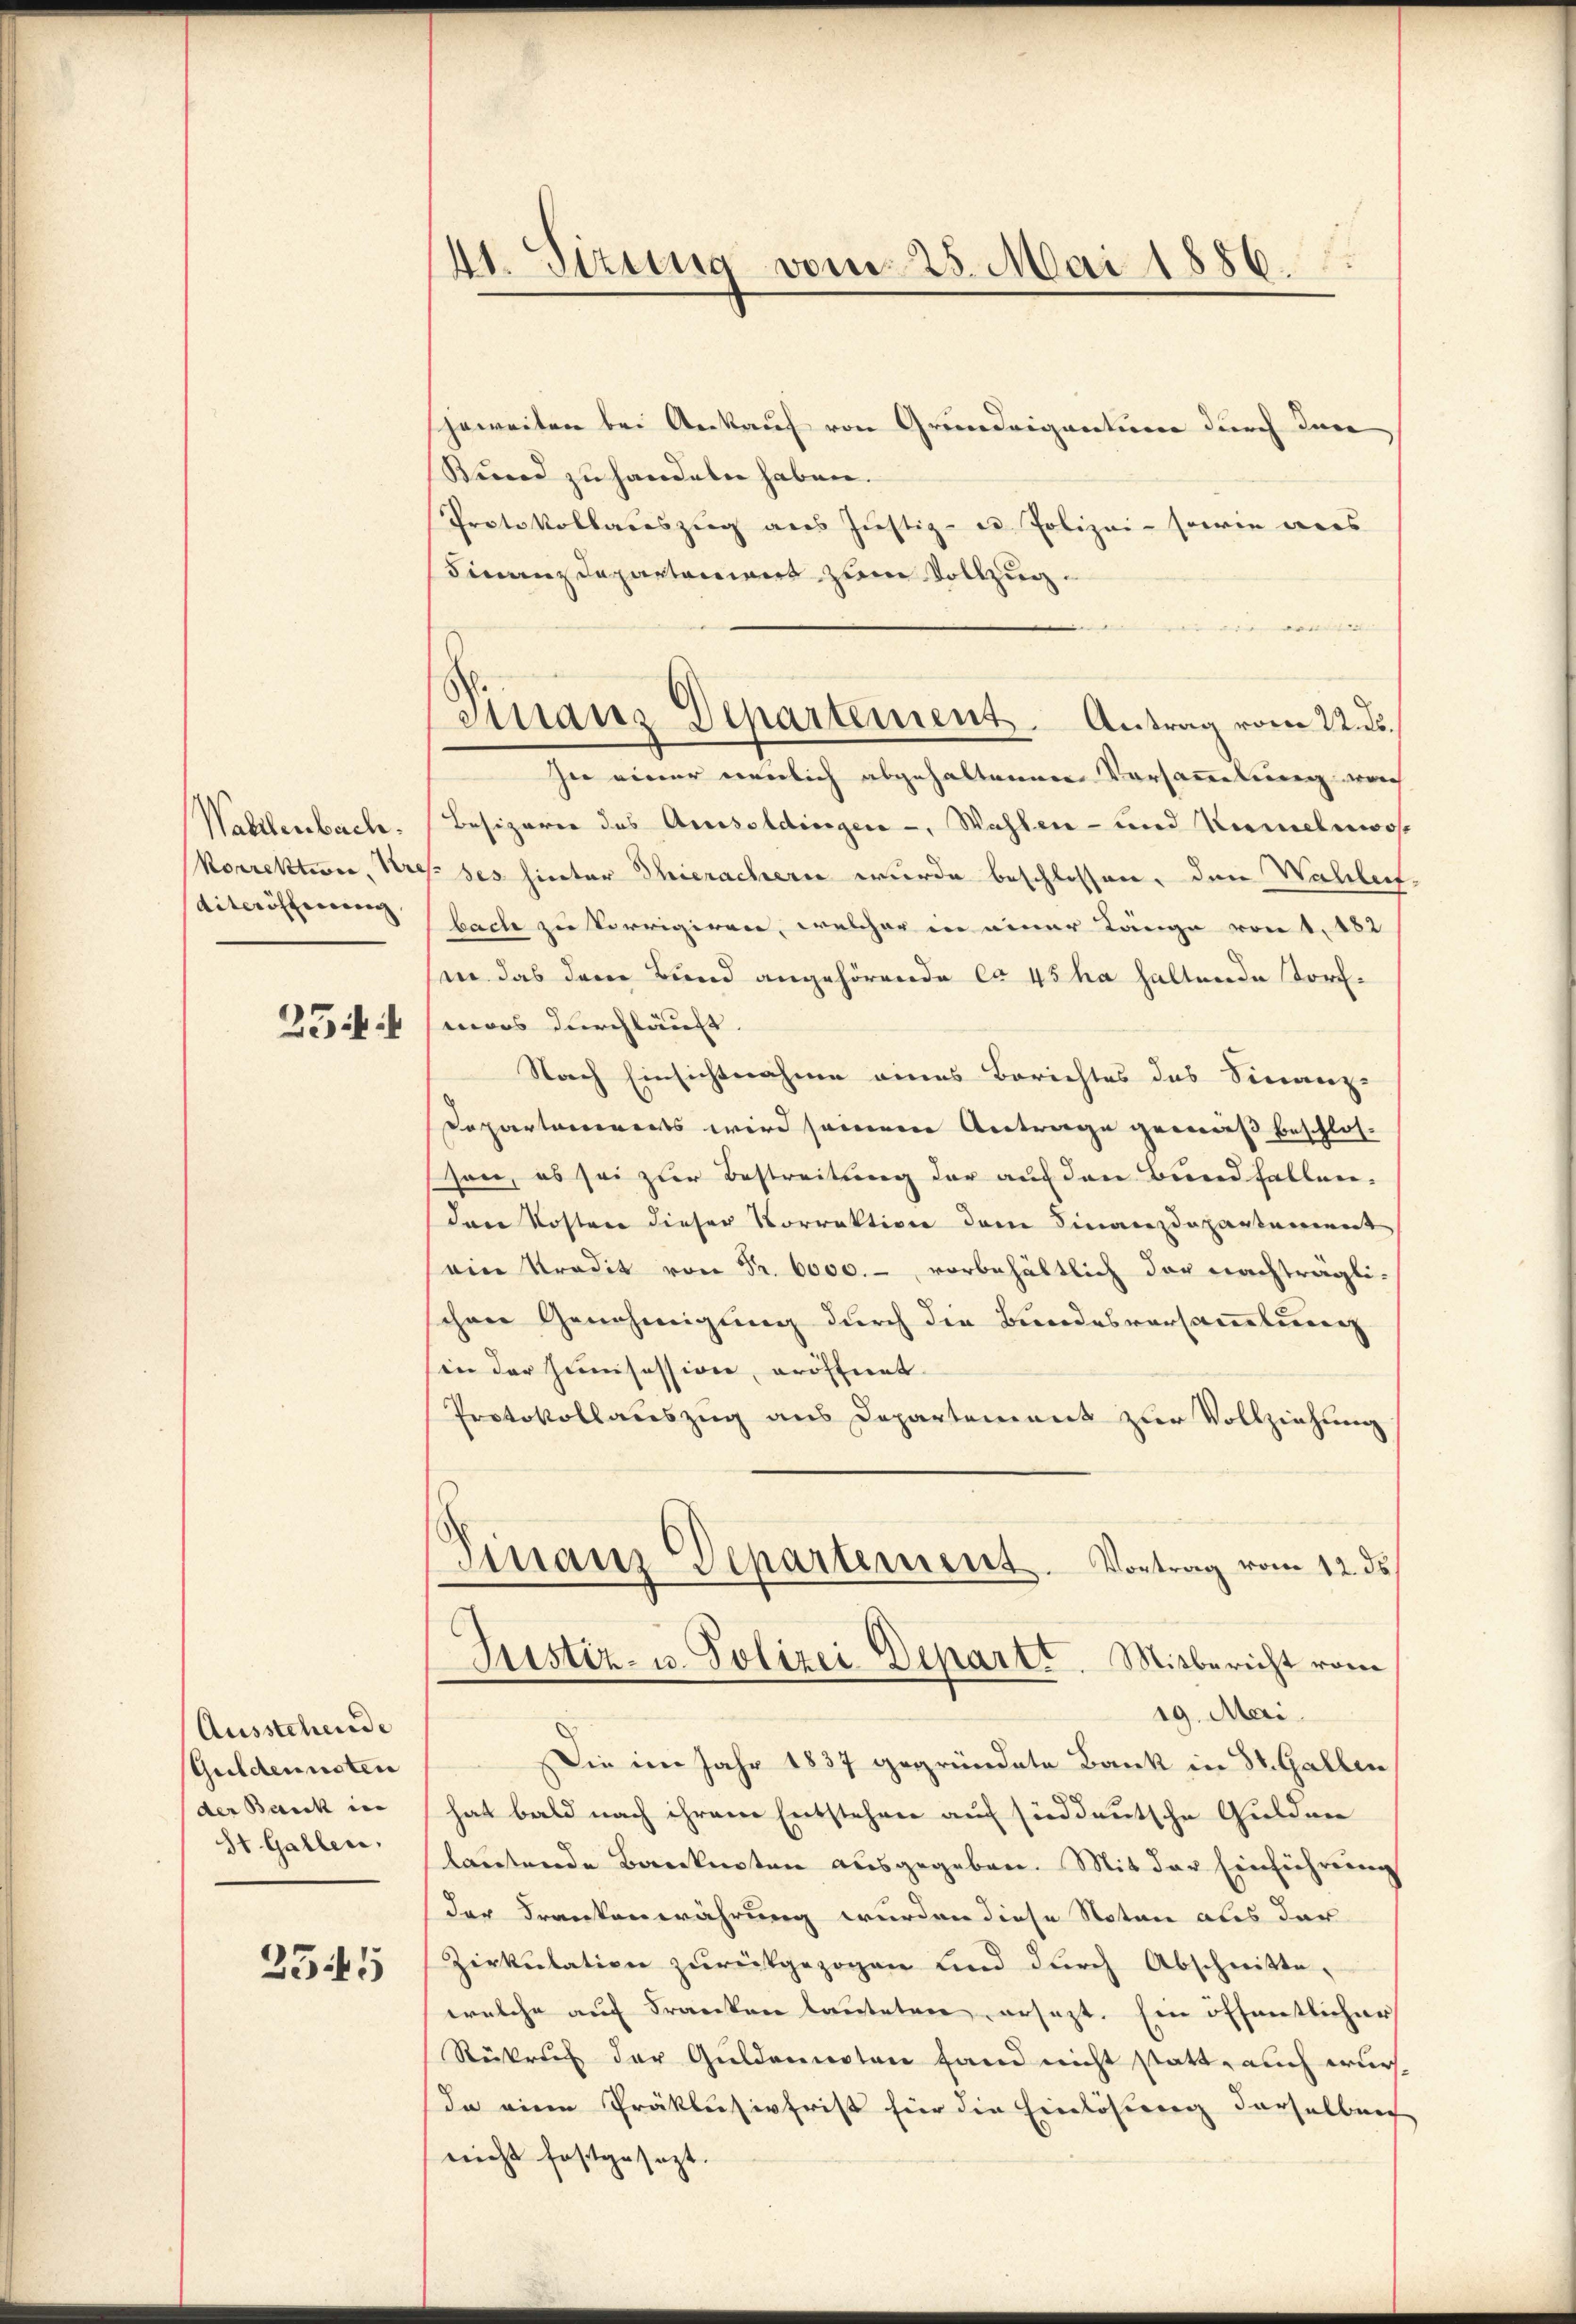
Wallenbach.
Norrektion, Kre
diteröffnung

254:

Ausstehende
Guldennoten
der Bank in
St. Gallen,
2545

41. Sizung vom 25. Mai 1886.

Finanz Departement. Antrag vom 22. ds.

jeweiter bei Ankauf von Grundeigention durch Inn
Bund zu handeln haben.
Protokollauszug aus Justiz- u Polizei- sowie wes
Finanz Departement zum Vollzug.
 |
In einer neulich abgehaltenen Versammlung mach
Besizerer das Amisoldingen -, Wahlen- und Kamelnwos
4. des hinter Thierachern wurde beschlossen, den Wahlen
bach zu Vorrigiren, welcher in einer Länge von 1. 182
sin das dem Bund angehörende ca 45 ha haltende Torfmoos durchläuft.
Nach Einsichtnahme eines Berichtes das Finanz-
Departements wird seinem Antrage gemäß beschlos-
sen, es sei zur Bestreitung der auf den Bund fallen.
Dann Kosten dieser Vorrektion dem Finanzdepartement
ein Predit von Fr. 6000.- vorbehältlich der nachträgli-
ihrer Genehmigung durch die Bundesversamatierenz
in der humisession, eröffent
Protokollauszug aus Departement zur Vollziehung
Finanz Departement. Vortrag vom 12. ds
Justiz- u. Polizei-Departt. Mitbericht vom
19. Mai.
Die im Jahr 1837 gegründete Bank in St. Gallen
hat bald nach ihrem Entstehen auf sind deutsche Gulden
lautende Banknoten ausgegeben. Mit der Einführung
der Frankenwährung wurden diese Noten aus der
Zirkulation zurückgezogen und durch Abschnitte-
welche auf Franken lauteten ersezt. Ein öffentlicher
Rükruf der Guldennoten fand nicht statt, auch wur¬
In eine Präklusivfrist hier die Einlösung derselber
nicht festgesezt.